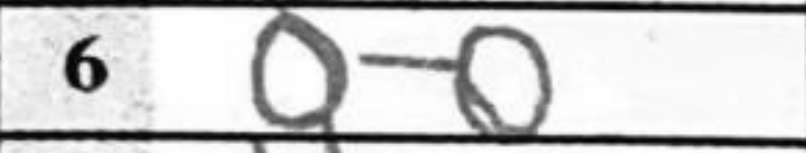
Transcription: O-O